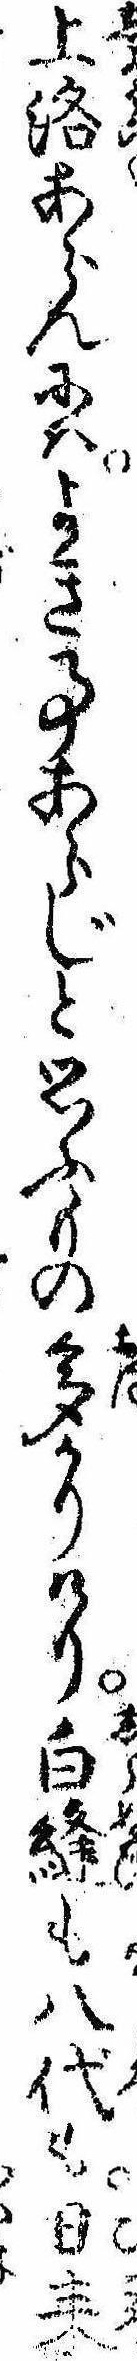
上洛あらんにはよき事あらじと思ふもの多かりけり白縫も八代も日耒